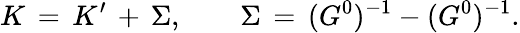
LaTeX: K\, =\, K^{\prime}\, +\, \Sigma,\qquad\Sigma\, =\, (G^{0})^{-1}-(G^{0})^{-1}.